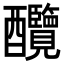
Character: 𨤋